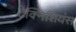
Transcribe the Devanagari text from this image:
टेक्निशियंस